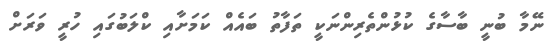
ނޭމާ ބުނީ ބާސާގެ ކުޅުންތެރިންނަކީ ތަފާތު ބައެއް ކަމަށާއި ކްލަބުގައި ހުރީ ވަރަށް